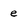
Character: e